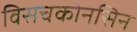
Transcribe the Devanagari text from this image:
विसचकोनसिन